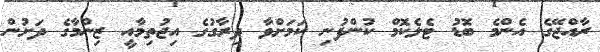
ރާއްޖޭގެ އެންމެ ބޮޑު ޓެލެކޮމް ކުންފުނި ކަމަށްވާ ދިރާގުގެ އިޖުތިމާއީ ޒިންމާގެ ދަށުން